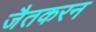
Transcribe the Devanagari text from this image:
जैतकरन